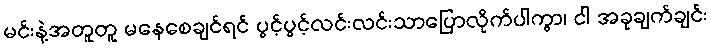
မင်းနဲ့အတူတူ မနေစေချင်ရင် ပွင့်ပွင့်လင်းလင်းသာပြောလိုက်ပါကွာ၊ ငါ အခုချက်ချင်း